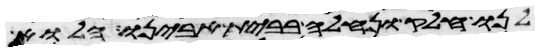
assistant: לנו חלק ונחלה בבית אבינו הלוא